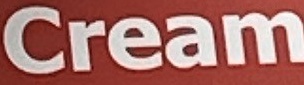
Cream